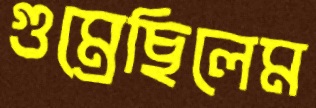
গুম্‌রেছিলেম